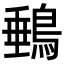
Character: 䳠